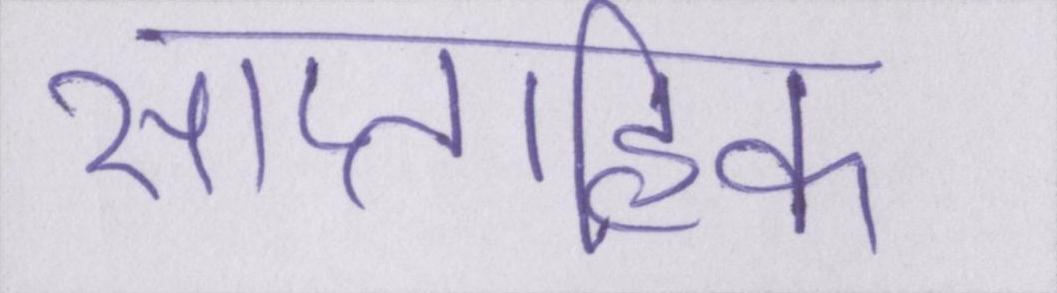
साप्ताहिक